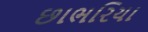
છાભરિયા